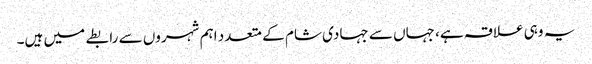
یہ وہی علاقہ ہے، جہاں سے جہادی شام کے متعدد اہم شہروں سے رابطے میں ہیں۔